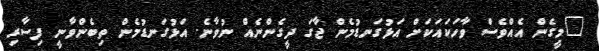
"މީގެން އެއްވެސް ވާހަކައަކަށް އަޅުގަނޑުމެން ޖާގަ ދީގެންނެއް ނުވާނެ. އަޅުގަނޑުމެން ތިބެންވާނީ ފިސާރި